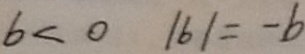
b < 0 \vert b \vert = - b